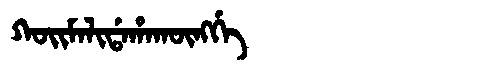
Manchu: ᡴᠣᡳᠮᠠᠯᡳᡩᠠᡥᠠᡴᡡᠩᡤᡝ
Romanization: KOIMALIDAHAKŪNGGE